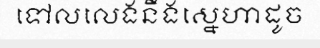
ទៅលលេងនឹងស្នេហាដូច